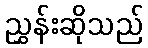
ညွှန်းဆိုသည်